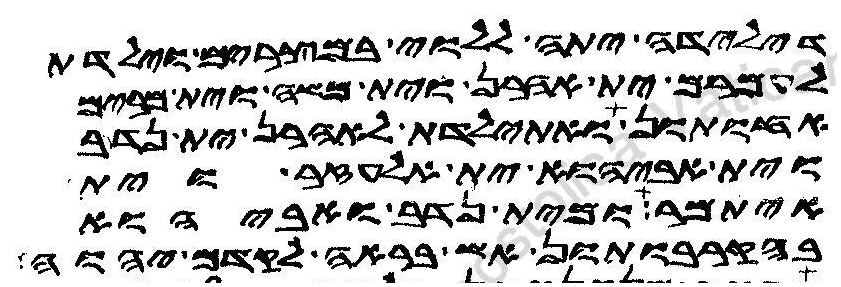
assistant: דילדה יתה ללוי במצרים וילדת
לעמרם ית אהרן וית משה וית מרים
אחותון ואתילדת לאהרן ית נדב
וית אביהוא ית אלעזר וית
איתמר ומית נדב ואביהוא
בהקרבותון אש בראה לקדם יהוה